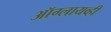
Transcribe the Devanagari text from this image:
ऑग्लायव्ही